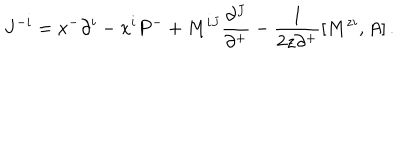
J ^ { - i } = x ^ { - } \partial ^ { i } - x ^ { i } P ^ { - } + M ^ { i J } \frac { \partial ^ { J } } { \partial ^ { + } } - \frac { 1 } { 2 z \partial ^ { + } } [ M ^ { z i } , A ] \, .